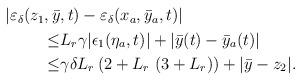
LaTeX: \begin{align*}\begin{aligned}|\varepsilon_\delta(z_1,\bar{y}&,t)-\varepsilon_\delta(x_a,\bar{y}_a,t)| \\\le&L_r \gamma |\epsilon_1(\eta_a,t)|+ |\bar{y}(t)-\bar{y}_a(t)| \\\le& \gamma \delta L_r \left(2 + L_r\ ( 3 + L_r)\right) + |\bar{y}-z_2|.\end{aligned}\end{align*}